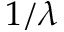
1 / \lambda